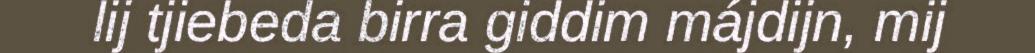
lij tjiebeda birra giddim májdijn, mij